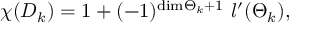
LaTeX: \chi ( { \cal D } _ { k } ) = 1 + ( - 1 ) ^ { \mathrm { d i m } { { \Theta } _ { k } } + 1 } \ l ^ { \prime } ( { { \Theta } _ { k } } ) ,